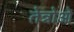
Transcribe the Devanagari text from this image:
तेन्नोओ